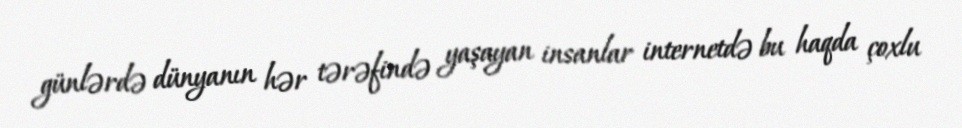
günlərdə dünyanın hər tərəfində yaşayan insanlar internetdə bu haqda çoxlu